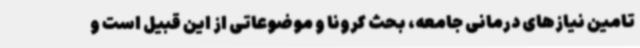
تامین نیازهای درمانی جامعه، بحث کرونا و موضوعاتی از این قبیل است و